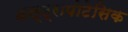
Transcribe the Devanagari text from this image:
अल्ट्रापोटेसिक